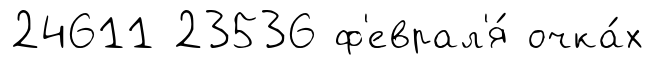
24611 23536 ф'еврал'я́ очка́х